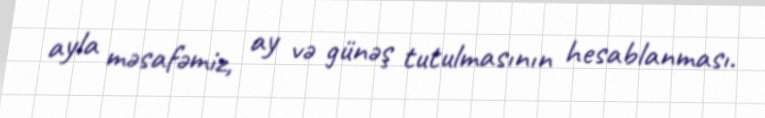
ayla məsafəmiz, ay və günəş tutulmasının hesablanması.